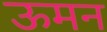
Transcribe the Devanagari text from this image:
ऊमन